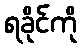
ရခိုင်ကို